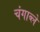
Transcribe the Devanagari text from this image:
चंगाब्ले